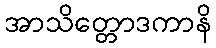
အာသိတ္တောဒကာနိ